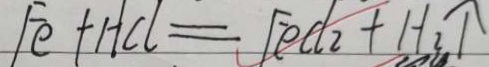
F e + H C l = F e d _ { 2 } + H _ { 2 } \uparrow